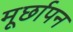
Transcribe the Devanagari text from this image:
मूर्छापन